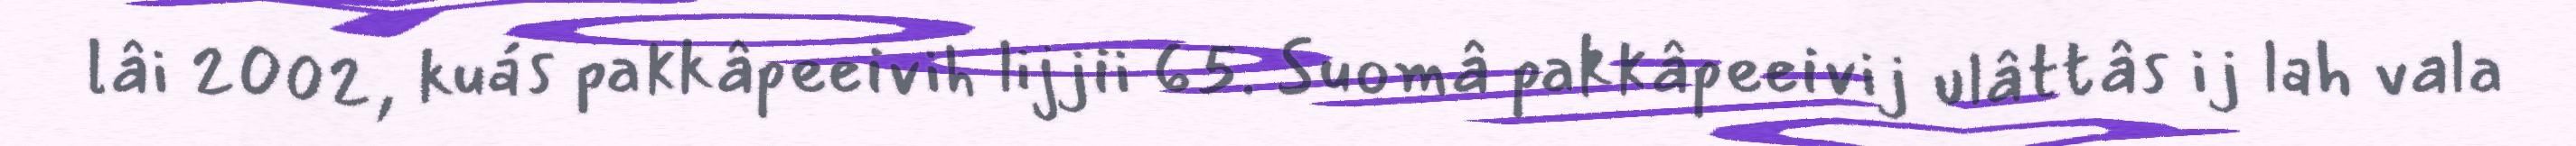
lâi 2002, kuás pakkâpeeivih lijjii 65. Suomâ pakkâpeeivij ulâttâs ij lah vala